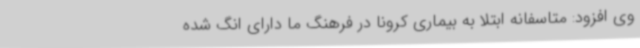
وی افزود: متاسفانه ابتلا به بیماری کرونا در فرهنگ ما دارای انگ شده